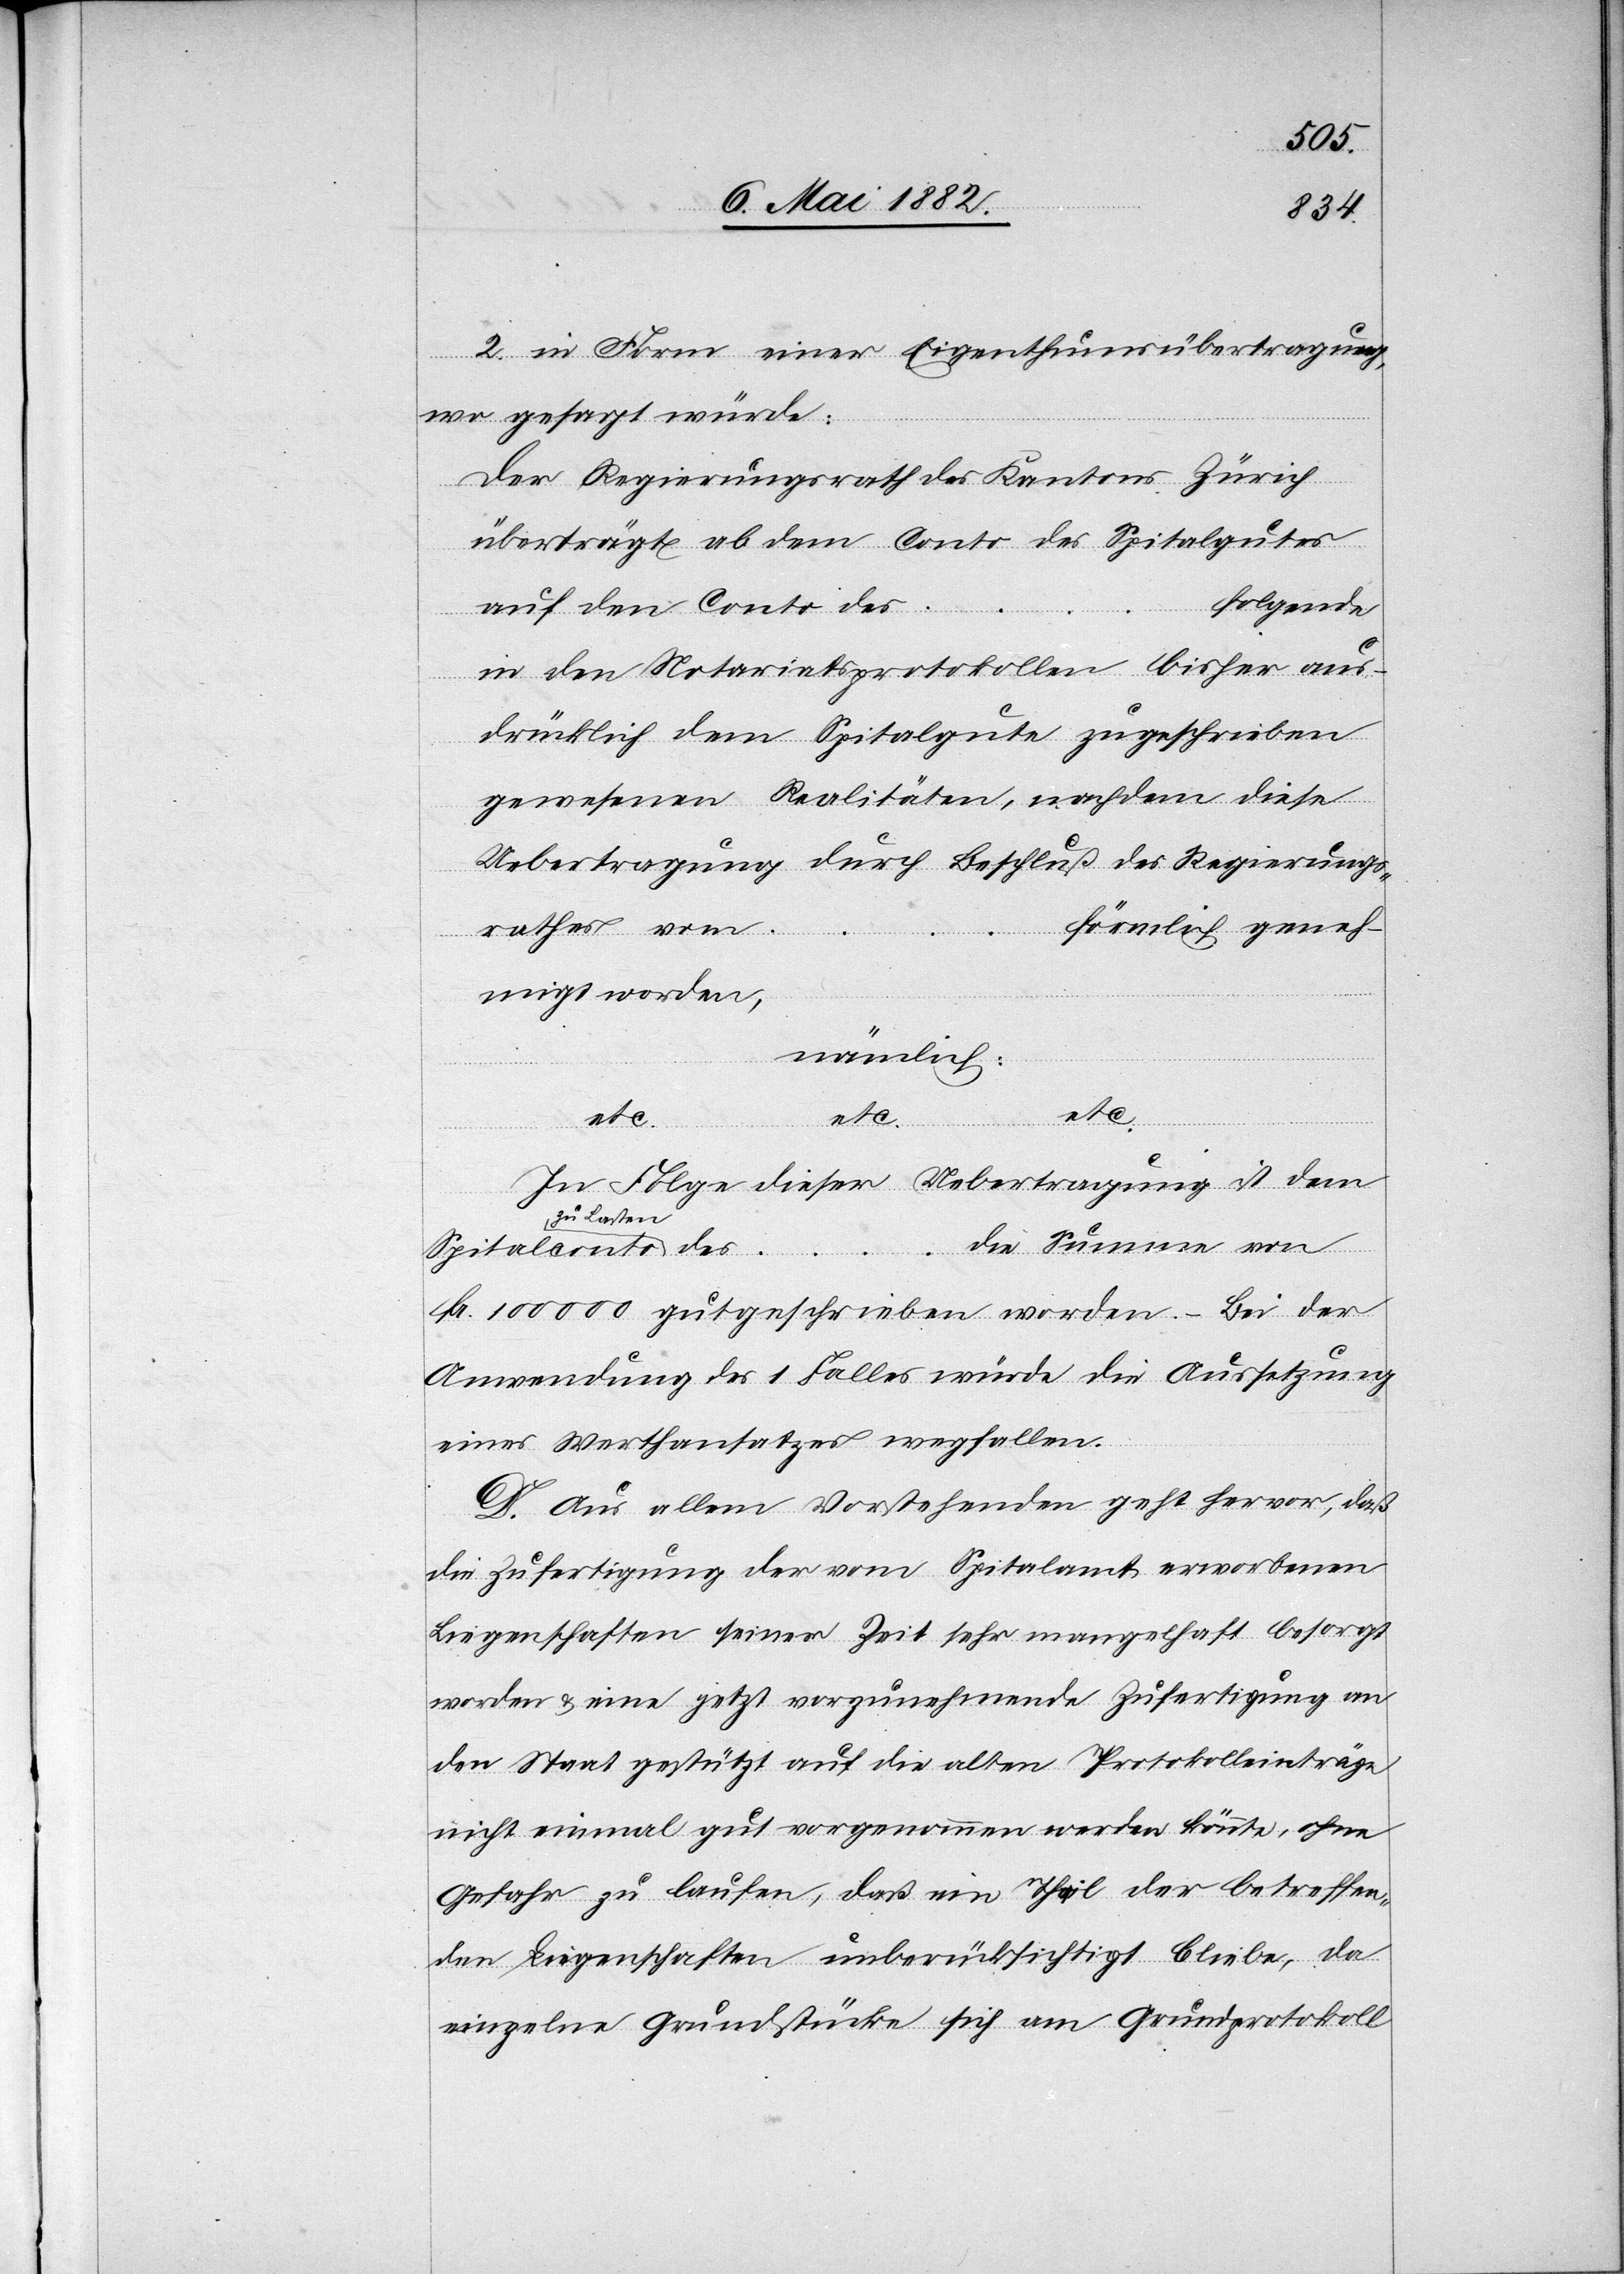
2. in Form einer Eigenthumsübertragung,
wo gesagt würde:
Der Regierungsrath des Kantons Zürich
überträgt ab dem Conto des Spitalgutes
folgende
auf den Conto des
in den Notariatsprotokollen bisher aus¬
drücklich dem Spitalgute zugeschrieben
gewesenen Realitäten, nachdem diese
Uebertragung durch Beschluß des Regierungs¬
rathes vom …
förmlich gemach¬
des …
t worden,
nämlich:
etc.
In Folge dieser Uebertragung ist dem
zu Lasten
die Summe von
Fr. 100 000 gutgeschrieben worden. – Bei der
Anwendung des 1. Falles würde die Aussetzung
eines Werthansatzes wegfallen.
D. Aus allem Vorstehenden geht hervor, daß
die Zufertigung der vom Spitalamt erworbenen
Liegenschaften seiner Zeit sehr mangelhaft besorgt
worden & eine jetzt vorzunehmende Zufertigung an
den Staat gestützt auf die alten Protokolleinträge
nicht einmal gut vorgenommen werden könnte, ohne
Gefahr zu laufen, daß ein Theil der betreffen¬
den Liegenschaften unberücksichtigt bliebe, da
einzelne Grundstücke sich am Grundprotokoll